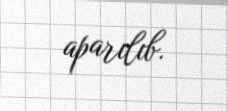
aparılıb.